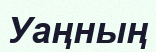
Уаңның